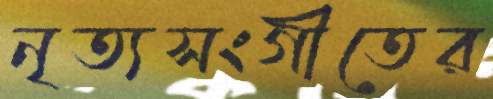
নৃত্যসংগীতের